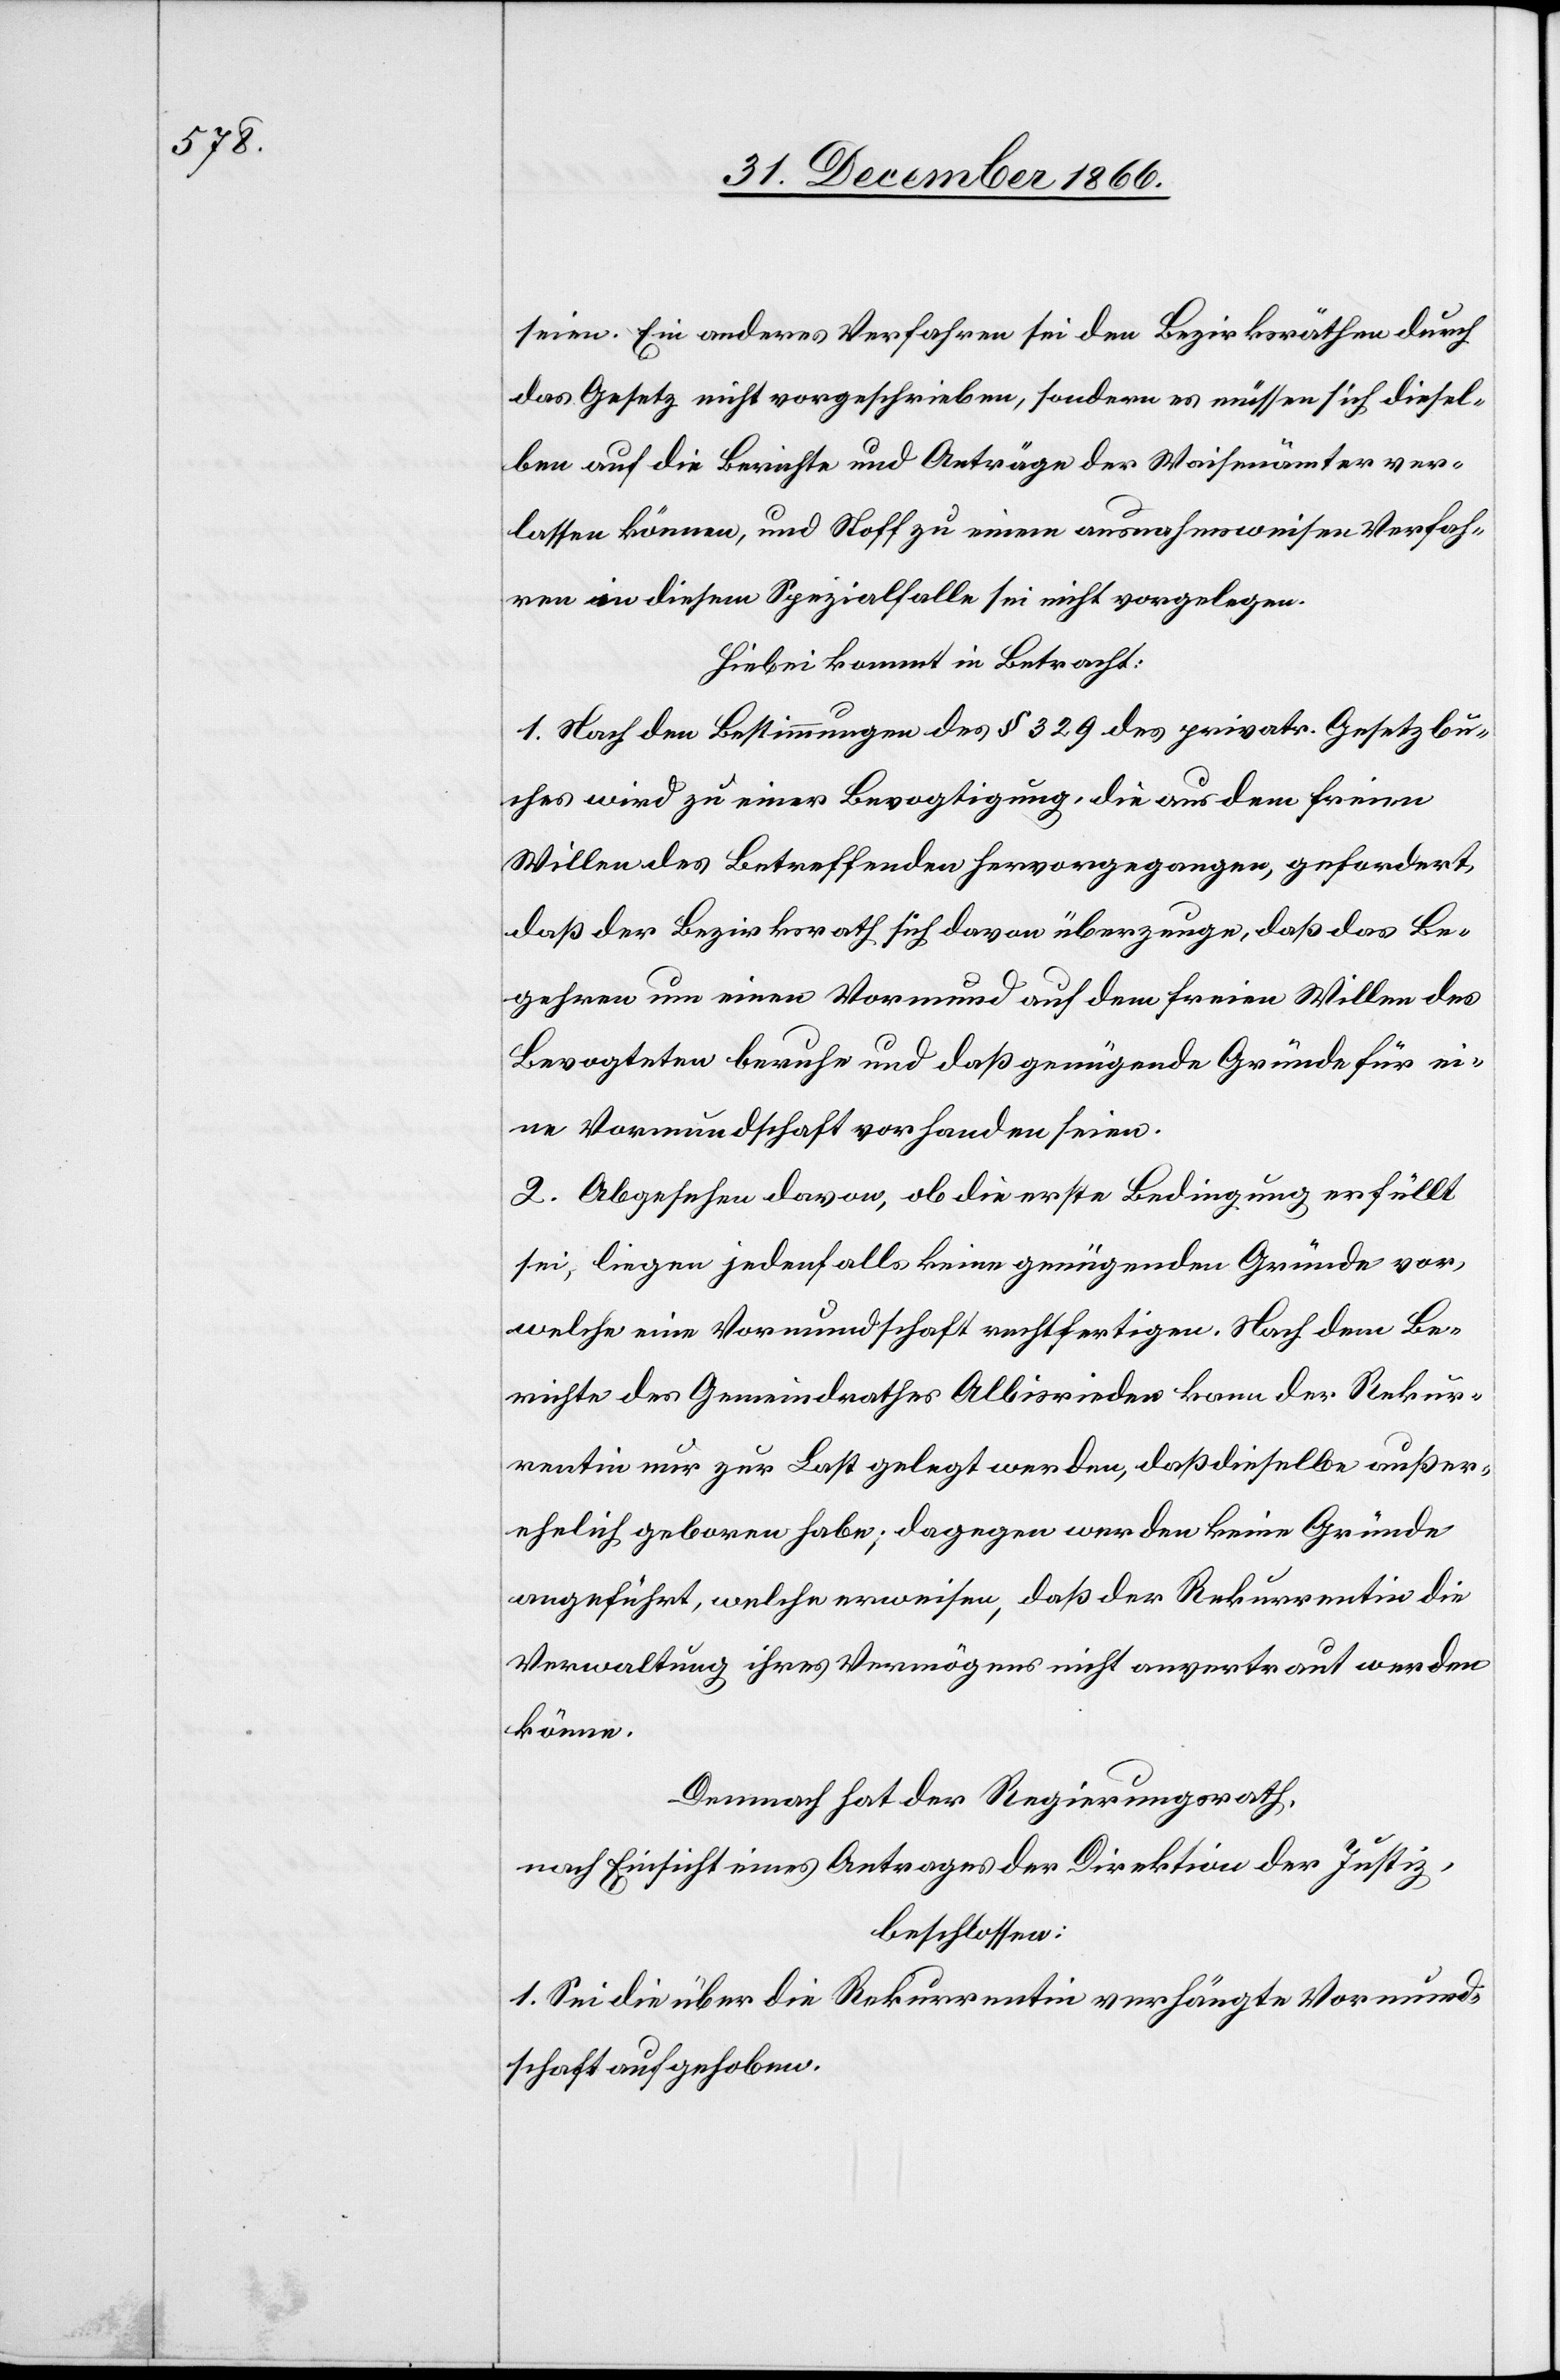
seien. Ein anderes Verfahren sei den Bezirksräthen durch
das Gesetz nicht vorgeschrieben, sondern es müssen sich diesel¬
ben auf die Berichte und Anträge der Waisenämter ver¬
lassen können, und Stoff zu einem ausnahmsweisen Verfah¬
ren in diesem Spezialfalle sei nicht vorgelegen.
Hiebei kommt in Betracht:
1. Nach den Bestimmungen des § 329 des privatr. Gesetzbu¬
ches wird zu einer Bevogtigung, die aus dem freien
Willen des Betreffenden hervorgegangen, gefordert,
daß der Bezirksrath sich davon überzeuge, daß das Be¬
gehren um einen Vormund auf dem freien Willen des
Bevogteten beruhe und daß genügende Gründe für ei¬
ne Vormundschaft vorhanden seien.
2. Abgesehen davon, ob die erste Bedingung erfüllt
sei, liegen jedenfalls keine genügenden Gründe vor,
welche eine Vormundschaft rechtfertigen. Nach dem Be¬
richte des Gemeindrathes Albisrieden kann der Rekur¬
rentin nur zur Last gelegt werden, daß dieselbe außer¬
ehelich geboren habe; dagegen werden keine Gründe
angeführt, welche erweisen, daß der Rekurrentin die
Verwaltung ihres Vermögens nicht anvertraut werden
könne.
Demnach hat der Regierungsrath,
nach Einsicht eines Antrages der Direktion der Justiz,
beschlossen:
1. Sei die über die Rekurrentin verhängte Vormund¬
schaft aufgehoben.